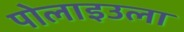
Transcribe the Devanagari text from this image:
पोलाइउला